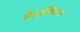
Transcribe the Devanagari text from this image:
वेदाशिवाय